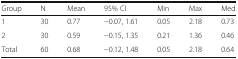
<table><thead><tr><td><b>Group</b></td><td><b>N</b></td><td><b>Mean</b></td><td><b>95% CI</b></td><td><b>Min</b></td><td><b>Max</b></td><td><b>Med</b></td></tr></thead><tbody><tr><td>1</td><td>30</td><td>0.77</td><td>−0.07, 1.61</td><td>0.05</td><td>2.18</td><td>0.73</td></tr><tr><td>2</td><td>30</td><td>0.59</td><td>−0.15, 1.35</td><td>0.21</td><td>1.36</td><td>0.46</td></tr><tr><td>Total</td><td>60</td><td>0.68</td><td>−0.12, 1.48</td><td>0.05</td><td>2.18</td><td>0.64</td></tr></tbody></table>